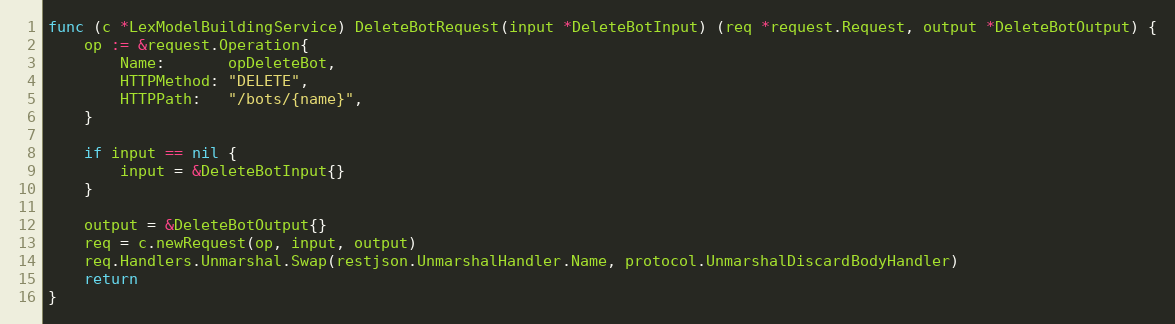
Language: Go
func (c *LexModelBuildingService) DeleteBotRequest(input *DeleteBotInput) (req *request.Request, output *DeleteBotOutput) {
	op := &request.Operation{
		Name:       opDeleteBot,
		HTTPMethod: "DELETE",
		HTTPPath:   "/bots/{name}",
	}

	if input == nil {
		input = &DeleteBotInput{}
	}

	output = &DeleteBotOutput{}
	req = c.newRequest(op, input, output)
	req.Handlers.Unmarshal.Swap(restjson.UnmarshalHandler.Name, protocol.UnmarshalDiscardBodyHandler)
	return
}